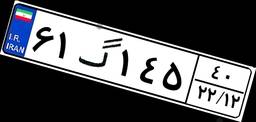
۴۷گ۰۹۵۷۵